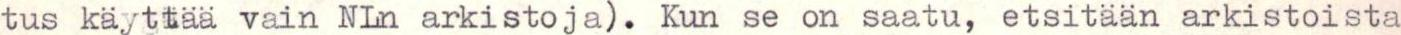
tus käyttää vain NLn arkistoja). Kun se on saatu, etsitään arkistoista